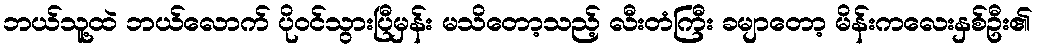
ဘယ်သူ့ထဲ ဘယ်လောက် ပိုဝင်သွားပြီမှန်း မသိတော့သည့် လီးတံကြီး ခမျာတော့ မိန်းကလေးနှစ်ဦး၏